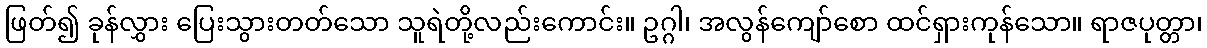
ဖြတ်၍ ခုန်လွှား ပြေးသွားတတ်သော သူရဲတို့လည်းကောင်း။ ဥဂ္ဂါ၊ အလွန်ကျော်စော ထင်ရှားကုန်သော။ ရာဇပုတ္တာ၊